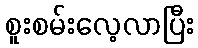
စူးစမ်းလေ့လာပြီး